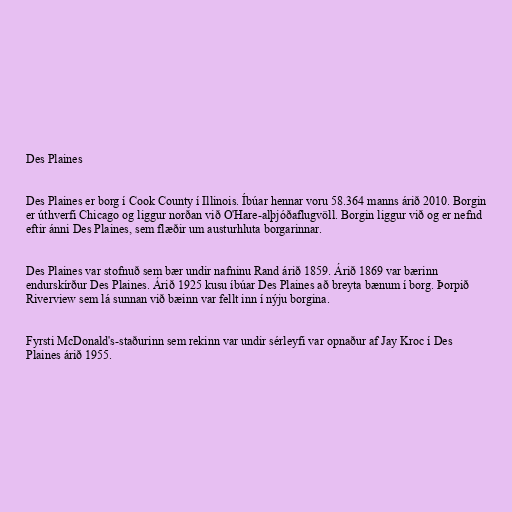
Des Plaines

Des Plaines er borg í Cook County í Illinois. Íbúar hennar voru 58.364 manns árið 2010. Borgin
er úthverfi Chicago og liggur norðan við O'Hare-alþjóðaflugvöll. Borgin liggur við og er nefnd
eftir ánni Des Plaines, sem flæðir um austurhluta borgarinnar.

Des Plaines var stofnuð sem bær undir nafninu Rand árið 1859. Árið 1869 var bærinn
endurskírður Des Plaines. Árið 1925 kusu íbúar Des Plaines að breyta bænum í borg. Þorpið
Riverview sem lá sunnan við bæinn var fellt inn í nýju borgina.

Fyrsti McDonald's-staðurinn sem rekinn var undir sérleyfi var opnaður af Jay Kroc í Des
Plaines árið 1955.